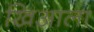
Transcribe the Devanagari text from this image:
खिआला